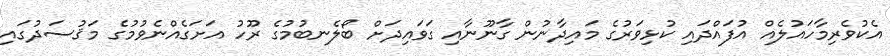
އެކުވެރިމާހައުލެއް އުފައްދައި ކުޅިވަރުގެ މައިދާނުން ގާނޫނާއި ގަވައިދަށް ބޯލެނބުމުގެ ރޫހު އަށަގެއްނެވުމުގެ މަޤުސަދުގައި